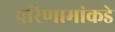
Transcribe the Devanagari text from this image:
परिणामांकडे